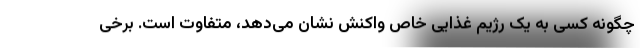
چگونه کسی به یک رژیم غذایی خاص واکنش نشان می‌دهد، متفاوت است. برخی